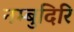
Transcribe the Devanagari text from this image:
नम्बुदिरि